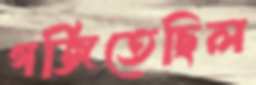
গর্জিতেছিল